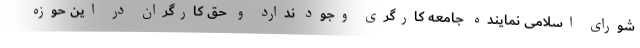
شورای اسلامی نماینده جامعه کارگری وجود ندارد و حق کارگران در این حوزه